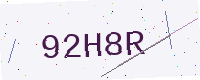
Text: 92H8R